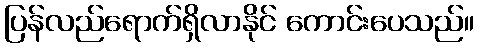
ပြန်လည်ရောက်ရှိလာနိုင် ကောင်းပေသည်။